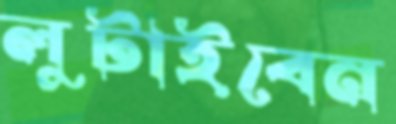
লুটাইবেন